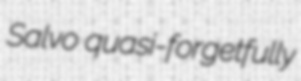
Salvo quasi-forgetfully